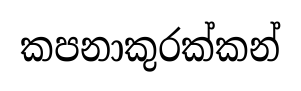
කපනාකුරක්කන්